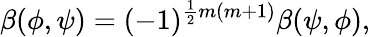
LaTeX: \beta(\phi,\psi)=(-1)^{{\frac{1}{2}}m(m+1)}\beta(\psi,\phi),